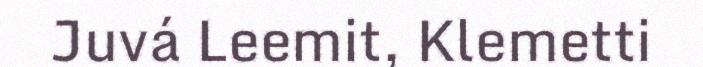
Juvá Leemit, Klemetti